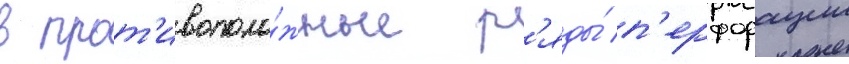
в прот'ивополо́жные р'яды́ п'ерфорации